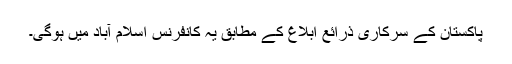
پاکستان کے سرکاری ذرائع ابلاغ کے مطابق یہ کانفرنس اسلام آباد میں ہوگی۔